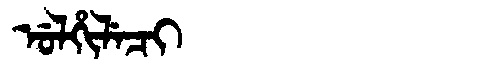
Manchu: ᡠᠯᡥᡳᠯᡝᠴᡳ
Romanization: ULHILECI